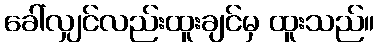
ခေါ်လျှင်လည်းထူးချင်မှ ထူးသည်။